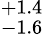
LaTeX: ^{+1.4}_{-1.6}